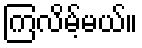
ကြလိမ့်မယ်။